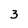
Character: 3